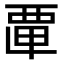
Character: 𮗂